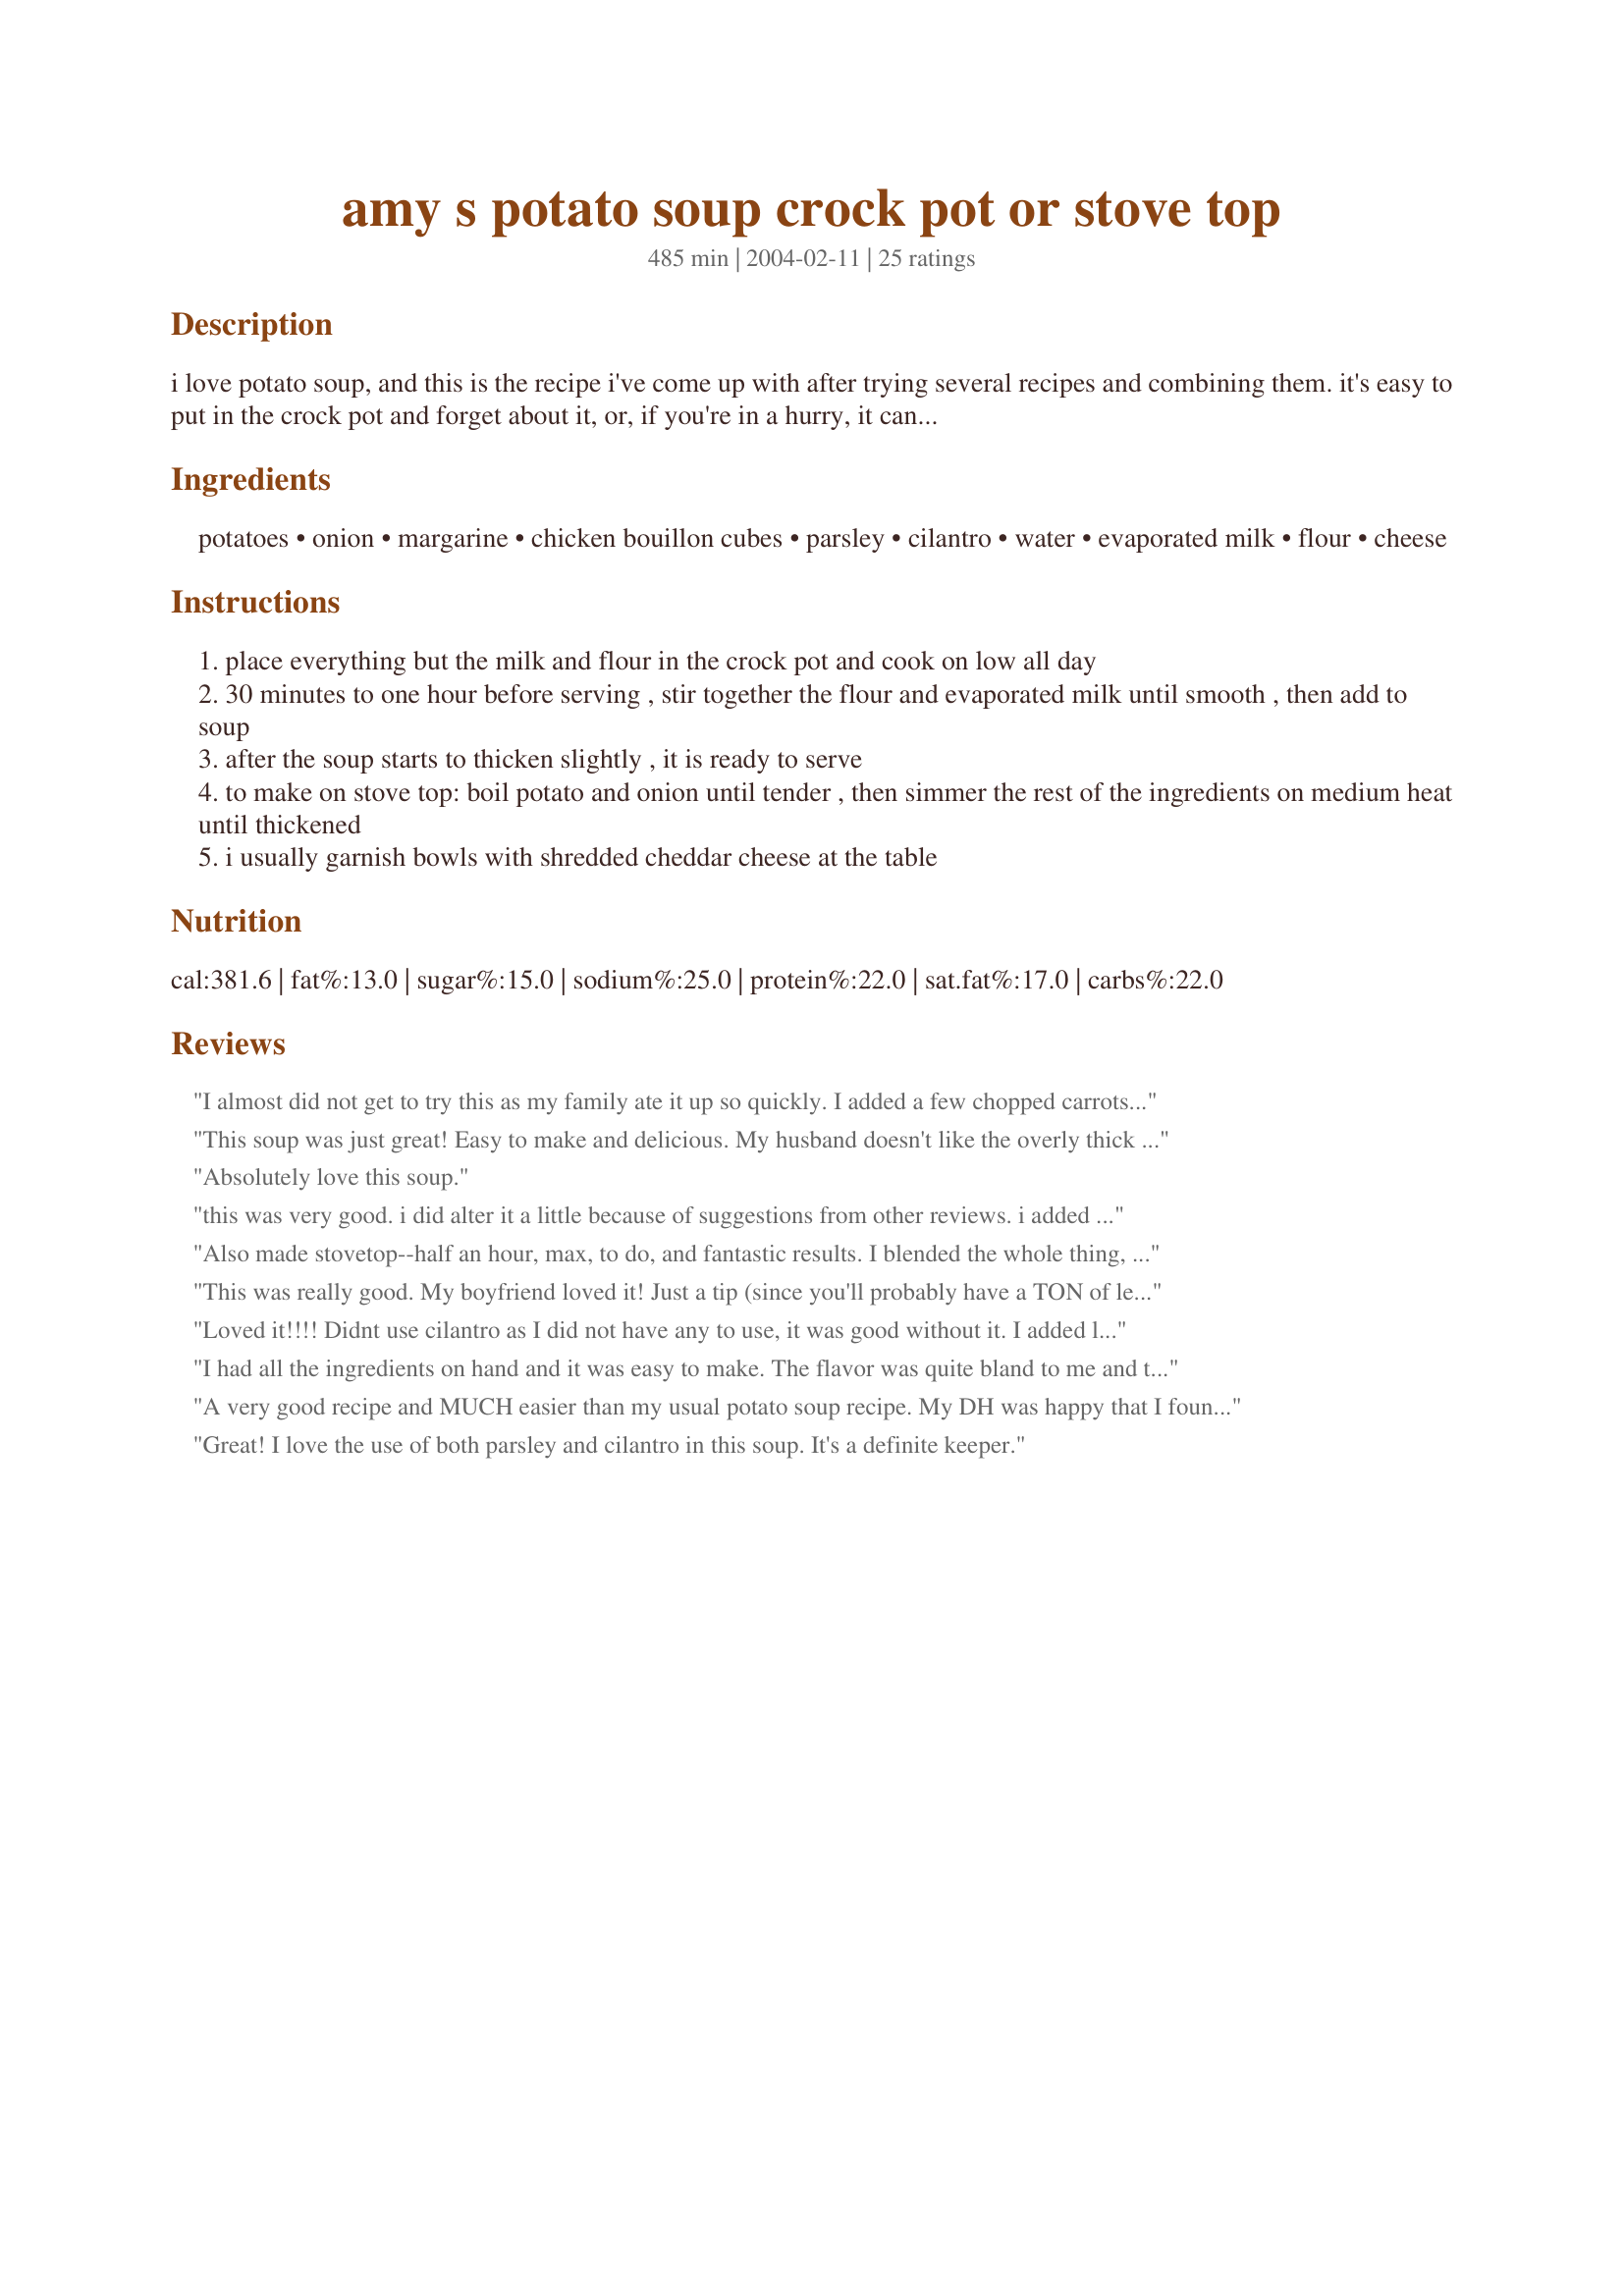
amy s potato soup crock pot or stove top
Preparation time: 485 minutes

i love potato soup, and this is the recipe i've come up with after trying several recipes and combining them. it's easy to put in the crock pot and forget about it, or, if you're in a hurry, it can be made in about twenty five minutes on the stove top.

Ingredients:
potatoes, onion, margarine, chicken bouillon cubes, parsley, cilantro, water, evaporated milk, flour, cheese

Steps:
place everything but the milk and flour in the crock pot and cook on low all day
30 minutes to one hour before serving , stir together the flour and evaporated milk until smooth , then add to soup
after the soup starts to thicken slightly , it is ready to serve
to make on stove top: boil potato and onion until tender , then simmer the rest of the ingredients on medium heat until thickened
i usually garnish bowls with shredded cheddar cheese at the table

Reviews:
I almost did not get to try this as my family ate it up so quickly. I added a few chopped carrots and ended up pureeing the soup in order to hide the vegetables from my picky eater. This was a very easy soup to prepare and very tasty. Thanks for the recipe.
This soup was just great! Easy to make and delicious. My husband doesn't like the overly thick soups you get in restaurants, and he commented that it was nicely textured with real flavor. Definitely a keeper! Thanks.
Absolutely love this soup.
this was very good. i did alter it a little because of suggestions from other reviews. i added celery, carrots, and felt the need to throw in some cream cheese i had to get rid of. thanks
Also made stovetop--half an hour, max, to do, and fantastic results. I blended the whole thing, as DH likes smooth soup. Either way would be good. 
Didn't use the margarine, used 4 cups of water, as three didn't look like enough to cook the potatoes.
After I blended it with the evap milk, really didn't need thickening, so left out the flour too. Instead of topping the soup before eating it, I blended in some cheese that needed to be used--Vache Qui Rit--4 pieces, and tossed in a good handful of finely shredded smoked ham.
So now, just the soup and a piece of good bread, and we'll be happy all week for dinner!
Cheap, quick, easy recipe!
This was really good. My boyfriend loved it! Just a tip (since you'll probably have a TON of leftovers) you'll want to add milk/water to the soup when you reheat it. It's incredibly thick! I did add a lot more garlic but that's the only alteration I made to the recipe.
Loved it!!!! Didnt use cilantro as I did not have any to use, it was good without it. I added lots of cheese just before serving and it was such a hit!!! Thanks!!!
I had all the ingredients on hand and it was easy to make. The flavor was quite bland to me and the leftovers are waiting for some inspiration.
A very good recipe and MUCH easier than my usual potato soup recipe. My DH was happy that I found a recipe with no bacon in it! The soup is very flavorful. I left out the cilantro (I don't like it) and used boullion cubes. I also stirred a handful or two of cheddar cheese into the soup before serving. Thank you so much for posting this keeper!
Great! I love the use of both parsley and cilantro in this soup. It's a definite keeper.
Absolutely easy to make! Threw it together for my boyfriend and he liked it so much he wouldn't let me take home the leftovers! We had ham left over from his parents so we threw some in when we threw the milk and flower in. It was great!
Very tasty....only change I made was to add skim milk to cut the calories and cholesterol...but it turned out fine. I mashed the potatoes to help thicken the soup..and there is only 1 bowl left, but I might have to fight my DH for it !
A great tasting satisfying potato soup. Easy to put together, and a variety of toppings on the side so each soul can master their own creation. Gotta love it!
I made this soup on Wednesday evening and my husband and I absolutely LOVED IT!!! We ate all of the soup that evening. I loved it so much I made a double batch of it on Saturday. This soup was so good. I made it without any cilantro and by using a little shredded cheese as the garnish. If you're looking for a good potato soup, this one is great, easy, and cheap to make. Thanks Amy!
This is a very good base recipe to build from. Since I'm a vegetarian I made some tweaks -- traded the bouillon cubes and water for low-sodium veggie stock. I also threw in some carrots and peas to up the nutrients and stuck with plain ol' butter rather than margarine and 1% milk rather than condensed milk because I didn't have it. I didn't have cilantro either but the parsley was nice. Topped mine with a little extra sharp cheddar and it gave it a nice bite. This tasted just lovely with some fresh sourdough bread and a spinach salad on the side. Perfect for autumn!
This soup was wonderful! I did have to make a change to the recipe because I made my grocery list too quickly! :) I forgot to buy evaporated milk, so I used skim milk that I had in the fridge. It didnâ€™t thicken like I thought it should, so I added a 1/2c of instant potatoes. 

After a pre-dinner taste test, I thought it was still missing something (most likely a result of my grocery store mishap!), so I stirred in a 1/2c of fat free sour cream and 1/4c real bacon crumbles and left the soup in the crock pot for another 30 minutes. The end result was perfect! Thanks for the easy and tasty recipe, AmyMCGS!
I made the stovetop version of his soup. Easy, quick and tasted good.
Made a half batch in my 1.5 quart crockpot...Delicious soup! Only change I made was to use low sodium canned broth instead of water and bouillion and add 2 tablespoons of bacon bits and some cajun spice for kick. Great with a salad on a slow night. Hands down beats the canned soup put out by campbells and others. Freezes well too! Thanks Amy!
This was an ok recipe. It seemed very bland to me. I used dried herbs, which may have had something to do with it, and I forgot about the cheese. I ended up adding a lot of other spices to make it taste better - Paprika, ginger, nutmeg, and some others. I also made it on the stovetop and it may have had more flavor it slow-cooked all day.
I too found this a bit bland. The consistency was great - thick and hearty! It was easy to put together and nice to have in the crockpot waiting for us after being out in the cold all afternoon. It just needed something, and i'm not sure what.
I love cream of potato soup. This recipe sounds really good.

May I suggest one simple addition> Whenever I make potatoes for mashed potatoes; I always add a little bit of dry dill weed to the cooking water, as well as onion. It gives a really nice bit of difference to the flavor. I recommend adding some dill weed to the soup. I'm sure you will like it.
Pat Burgard, Huntley, Illinois.

P.S. I always add a little chopped onion when cooking any veggie. You'd be surprised how it enhances the flavor. As a result, all my kids and grand kids love their veggies.
GREAT recipe! My family loved it! Thanks for sharing!
I also made the stovetop version. It was delicious and everyone loved it.
My family loves this soup, and I love the fact that it is so easy! I find russet potatoes to be the best and use 2Tbl. butter instead of margarine. I didn't add cilantro the first time I made it because I didn't have any on hand, so I've just stuck w/ that. We love to put Sharp Cheddar cheese and crispy bacon (chicken or pork) on top. Soooo good! Thanks Amy!
The only reason I rate 4 rather than 5 is that I had to add a few things in order to get it to be a little prettier, a little brighter, and a bit more bang. I added 1/2 cup carrots, 1 tsp dill weed, 1/2 cup celery, and 1/2 cup of corn. Delish! Will make again, thanks much Amy!
